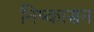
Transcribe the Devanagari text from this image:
निष्‍कासन